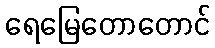
ရေမြေတောတောင်